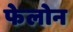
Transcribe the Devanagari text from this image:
फेलोन